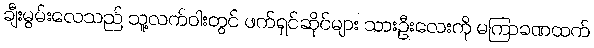
ချီးမွမ်းလေသည် သူ့လက်ဝါးတွင် ဖက်ရှင်ဆိုင်များ သားဦးလေးကို မကြာခဏထက်